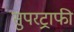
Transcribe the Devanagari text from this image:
सुपरट्राफी